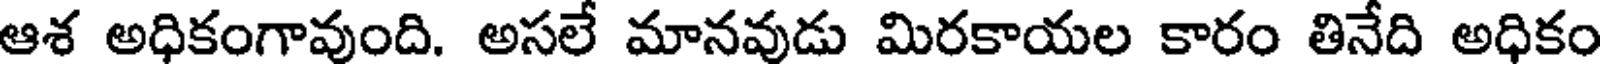
ఆశ అధికంగావుంది. అసలే మానవుడు మిరకాయల కారం తినేది అధికం